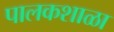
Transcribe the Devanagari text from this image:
पालकशाळा